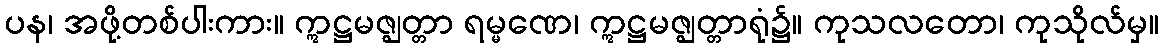
ပန၊ အဖို့တစ်ပါးကား။ ဣဋ္ဌမဇ္ဈတ္တာ ရမ္မဏေ၊ ဣဋ္ဌမဇ္ဈတ္တာရုံ၌။ ကုသလတော၊ ကုသိုလ်မှ။